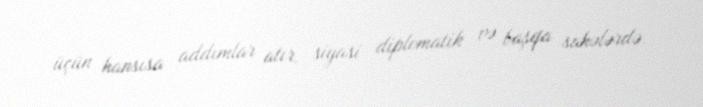
üçün hansısa addımlar atır, siyasi diplomatik və başqa sahələrdə.